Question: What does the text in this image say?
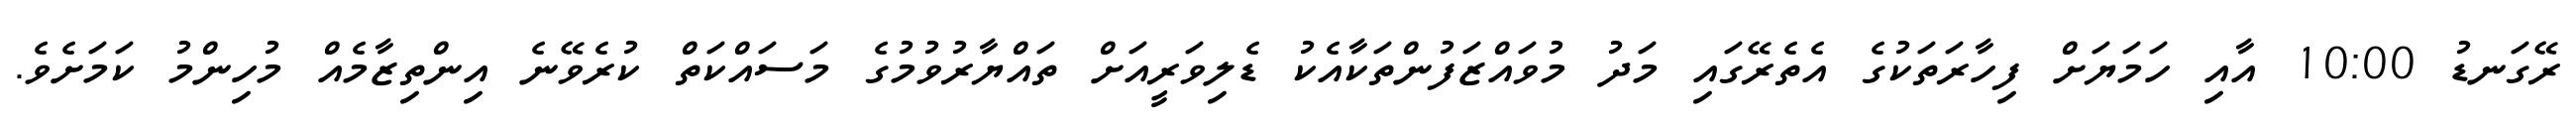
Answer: ރޭގަނޑު 10:00 އާއި ހަމަޔަށް ފިހާރަތަކުގެ އެތެރޭގައި މަދު މުވައްޒަފުންތަކާއެކު ޑެލިވަރީއަށް ތައްޔާރުވުމުގެ މަސައްކަތް ކުރެވޭނެ އިންތިޒާމެއް މުހިންމު ކަމަށެވެ.